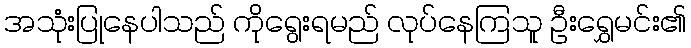
အသုံးပြုနေပါသည် ကိုရွေးရမည် လုပ်နေကြသူ ဦးရွှေမင်း၏